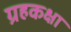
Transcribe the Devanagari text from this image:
ग्रहकक्षा